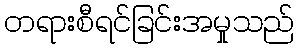
တရားစီရင်ခြင်းအမှုသည်